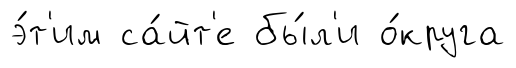
э́т'им са́йт'е бы́л'и о́круга